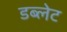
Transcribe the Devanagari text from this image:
डब्लेट